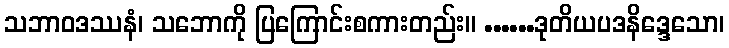
သဘာဝဒဿနံ၊ သဘောကို ပြကြောင်းစကားတည်း။ ......ဒုတိယပဒနိဒ္ဒေသော၊